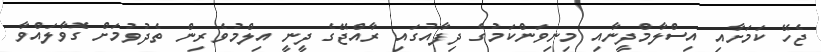
ޖެހޭ ކަމަށާއި އިސްލާމްދީނާއި މިނިވަންކަމުގެ ދިފާއުގައި ރާއްޖޭގެ ދީނީ އިލްމުވެރިން ތެދުވުމަށް ގޮވާލަައްވާ